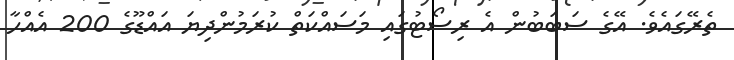
ތެރޭގައެވެ. އޭގެ ސަބަބުން އެ ރިސޯޓުގައި މަސައްކަތް ކުރަމުންދިޔަ އައްޑޫގެ 200 އެއްހާ